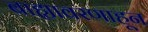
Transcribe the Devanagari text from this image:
बाह्यावरणाहून